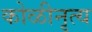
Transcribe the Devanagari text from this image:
कोळीनृत्य